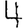
Digit: 4